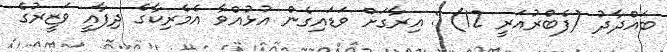
ބަޣްދާދު (ފެބްރުއަރީ 12) : އިރާގަށް ވަޑައިގެން އުޅުއްވާ އެމެރިކާގެ ދިފާއީ ވަޒީރުގެ